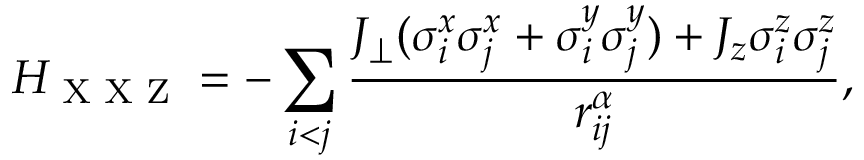
H _ { \textrm { X X Z } } = - \sum _ { i < j } \frac { J _ { \perp } ( \sigma _ { i } ^ { x } \sigma _ { j } ^ { x } + \sigma _ { i } ^ { y } \sigma _ { j } ^ { y } ) + J _ { z } \sigma _ { i } ^ { z } \sigma _ { j } ^ { z } } { r _ { i j } ^ { \alpha } } ,